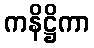
ကနိဋ္ဌိကာ